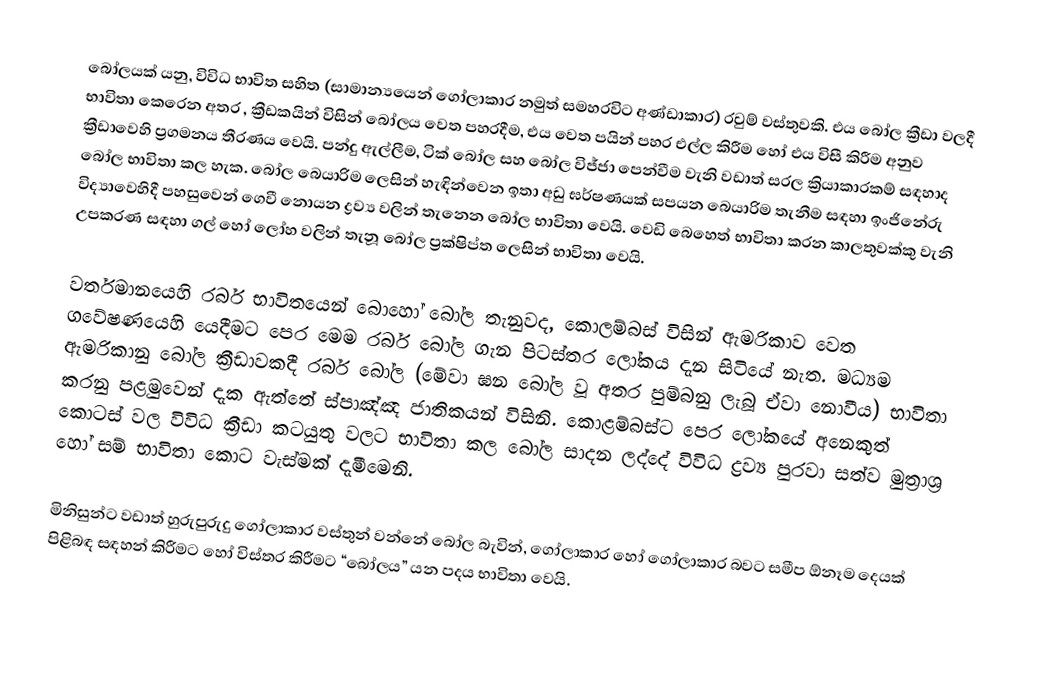
බෝලයක් යනු, විවිධ භාවිත සහිත  (සාමාන්‍යයෙන් ගෝලාකාර නමුත් සමහරවිට අණ්ඩාකාර) රවුම් වස්තුවකි.  එය  බෝල ක්‍රීඩා වලදී භාවිතා කෙරෙන අතර , ක්‍රීඩකයින් විසින් බෝලය වෙත පහරදීම, එය වෙත පයින් පහර එල්ල කිරීම හෝ එය විසී කිරීම අනුව ක්‍රීඩාවෙහි ප්‍රගමනය තීරණය වෙයි.  පන්දු ඇල්ලීම, ටික් බෝල සහ බෝල විජ්ජා පෙන්වීම වැනි වඩාත් සරල ක්‍රියාකාරකම් සඳහාද බෝල භාවිතා කල හැක. බෝල බෙයාරිම ලෙසින් හැඳින්වෙන ඉතා අඩු ඝර්ෂණයක් සපයන බෙයාරිම තැනීම සඳහා  ඉංජිනේරු විද්‍යාවෙහිදී පහසුවෙන් ගෙවී නොයන ද්‍රව්‍ය වලින් තැනෙන බෝල භාවිතා වෙයි. වෙඩි බෙහෙත් භාවිතා කරන කාලතුවක්කු වැනි උපකරණ සඳහා ගල් හෝ ලෝහ වලින් තැනූ බෝල ප්‍රක්ෂිප්ත ලෙසින් භාවිතා වෙයි.

වර්තමානයෙහි රබර් භාවිතයෙන් බොහෝ බෝල තැනුවද, කොලම්බස් විසින් ඇමරිකාව වෙත ගවේෂණයෙහි යෙදීමට පෙර මෙම රබර් බෝල ගැන පිටස්තර ලෝකය දැන සිටියේ නැත. මධ්‍යම ඇමරිකානු බෝල ක්‍රීඩාවකදී රබර් බෝල (මේවා ඝන බෝල වූ අතර පුම්බනු ලැබූ ඒවා නොවීය) භාවිතා කරනු පළමුවෙන් දැක ඇත්තේ ස්පාඤ්ඤ ජාතිකයන් විසිනි. කොළම්බස්ට පෙර ලෝකයේ අනෙකුත් කොටස් වල විවිධ ක්‍රීඩා කටයුතු වලට භාවිතා කල බෝල සාදන ලද්දේ විවිධ ද්‍රව්‍ය පුරවා සත්ව මුත්‍රාශ්‍ර හෝ සම් භාවිතා කොට වැස්මක් දැමීමෙනි.

මිනිසුන්ට වඩාත් හුරුපුරුදු ගෝලාකාර වස්තුන් වන්නේ බෝල බැවින්, ගෝලාකාර හෝ ගෝලාකාර බවට සමීප ඕනෑම දෙයක් පිළිබඳ සඳහන් කිරීමට හෝ විස්තර කිරීමට “බෝලය” යන පදය භාවිතා වෙයි.